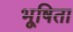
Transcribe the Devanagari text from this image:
भूषिता